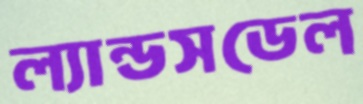
ল্যান্ডসডেল